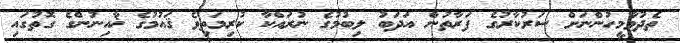
ތެދުވާމީހުންނަށް ސަރުކާރުގެ ފަރާތުން އަދަބު ލިބުމުގެ ނުރައްކާ ކުރިމަތިވެ ޤައުމުގެ ޚާއިނުންގެ ގޮތުގައި